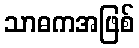
သာဓကအဖြစ်